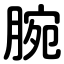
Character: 腕